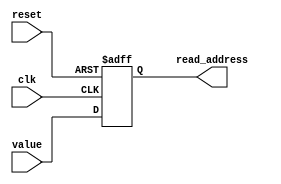
`timescale 1ns / 1ps
//////////////////////////////////////////////////////////////////////////////////
// Company: 
// Engineer: 
// 
// Design Name: 
// Module Name:    counter 
// Project Name: 
// Target Devices: 
// Tool versions: 
// Description: 
//
// Dependencies: 
//
// Revision: 
// Revision 0.01 - File Created
// Additional Comments: 
//
//////////////////////////////////////////////////////////////////////////////////
module counter(
    input clk,
    input reset,
	 input [7:0] value,
	 output [7:0] read_address
    );
	 
	 reg [7:0] address = 8'd0;
	 
	 assign read_address = address;
	 
	 always@(posedge clk or posedge reset)
		begin
			if (reset == 1'b1)
				begin
					address <= 0;
				end
			else
				begin
					address <= value;
				end
		end
endmodule